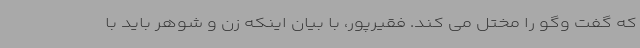
که گفت وگو را مختل می کند. فقیرپور، با بیان اینکه زن و شوهر باید با